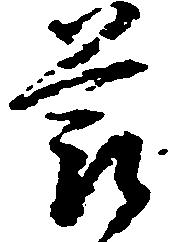
節